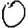
Digit: 0